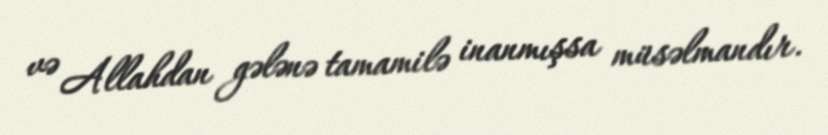
və Allahdan gələnə tamamilə inanmışsa müsəlmandır.